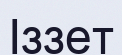
Іззет